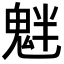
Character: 𩲯